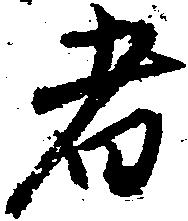
者